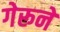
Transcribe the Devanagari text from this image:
गेरूने